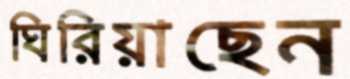
ঘিরিয়াছেন